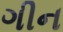
ગીન